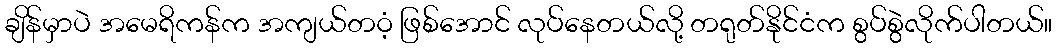
ချိန်မှာပဲ အမေရိကန်က အကျယ်တဝံ့ ဖြစ်အောင် လုပ်နေတယ်လို့ တရုတ်နိုင်ငံက စွပ်စွဲလိုက်ပါတယ်။